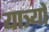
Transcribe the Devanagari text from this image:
यात्र्यों